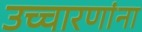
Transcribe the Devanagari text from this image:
उच्चारणांना